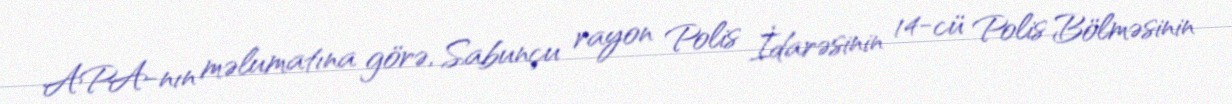
APA-nın məlumatına görə, Sabunçu rayon Polis İdarəsinin 14-cü Polis Bölməsinin